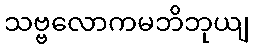
သဗ္ဗလောကမဘိဘုယျ